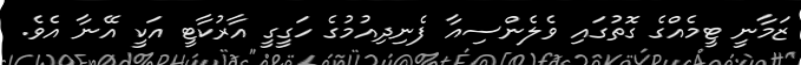
ޒަމާނީ ޓީމެއްގެ ގޮތުގައި ވެލެންސިއާ ފެނިދިއުމުގެ ހަގީގީ އާރުކާޓީ އަކީ އޭނާ އެވެ.